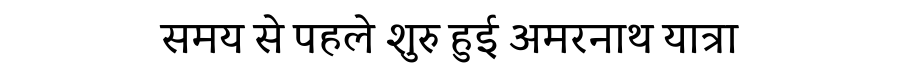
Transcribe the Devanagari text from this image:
समय से पहले शुरु हुई अमरनाथ यात्रा